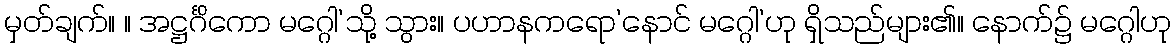
မှတ်ချက်။ ။ အဋ္ဌင်္ဂိကော မဂ္ဂေါ’သို့ သွား။ ပဟာနကရော’နောင် မဂ္ဂေါ’ဟု ရှိသည်များ၏။ နောက်၌ မဂ္ဂေါဟု